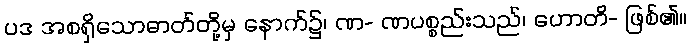
ပဒ အစရှိသောဓာတ်တို့မှ နောက်၌၊ ဏ- ဏပစ္စည်းသည်၊ ဟောတိ- ဖြစ်၏။